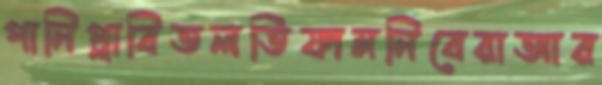
পানিপ্লাবিতলতিফামনিবেরাআর